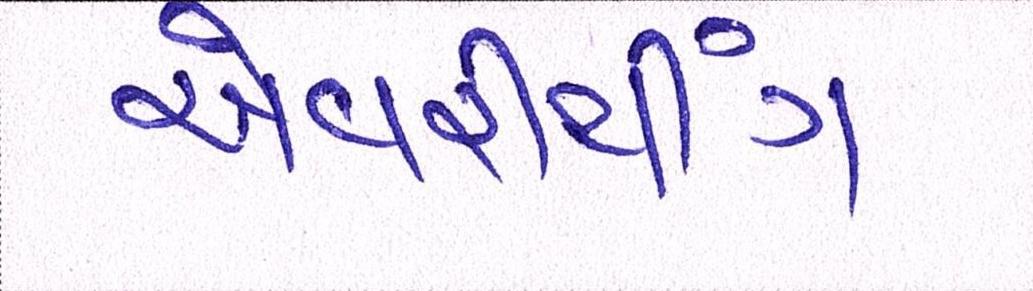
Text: એવરીથીંગ